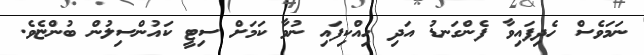
ނަމަވެސް ހެދިފައިވާ ފެންގަނޑު އަދި ހިއްކިފައި ނުވާ ކަމަށް ސިޓީ ކައުންސިލުން ބުންޏެވެ.